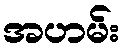
အဟမ်း